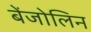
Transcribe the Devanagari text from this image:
बेंजोलिन